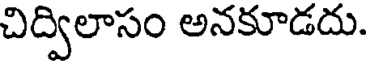
చిద్విలాసం అనకూడదు.